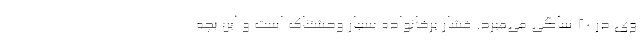
وی در ۲۰ ساگی می‌میرد. فشار برخانواده بسیار وحشتناک است و این بچه